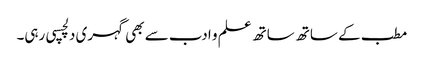
مطب کے ساتھ ساتھ علم و ادب سے بھی گہری دلچسپی رہی۔